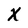
Character: X